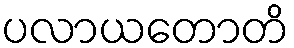
ပလာယတောတိ